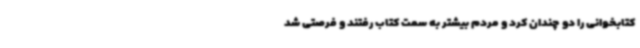
کتابخوانی را دو چندان کرد و مردم بیشتر به سمت کتاب رفتند و فرصتی شد